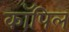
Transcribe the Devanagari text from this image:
कॉपिल